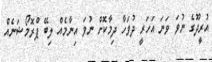
އުރީދޫގެ ނުވަ ވަނަ އަހަރީ ދުވަހާ ދިމާކޮށް ނުވަ އިނާމެއް ލިބޭ ޕްރޮމޯޝަނެއް